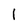
Character: l